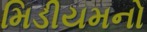
મિડીયમનો